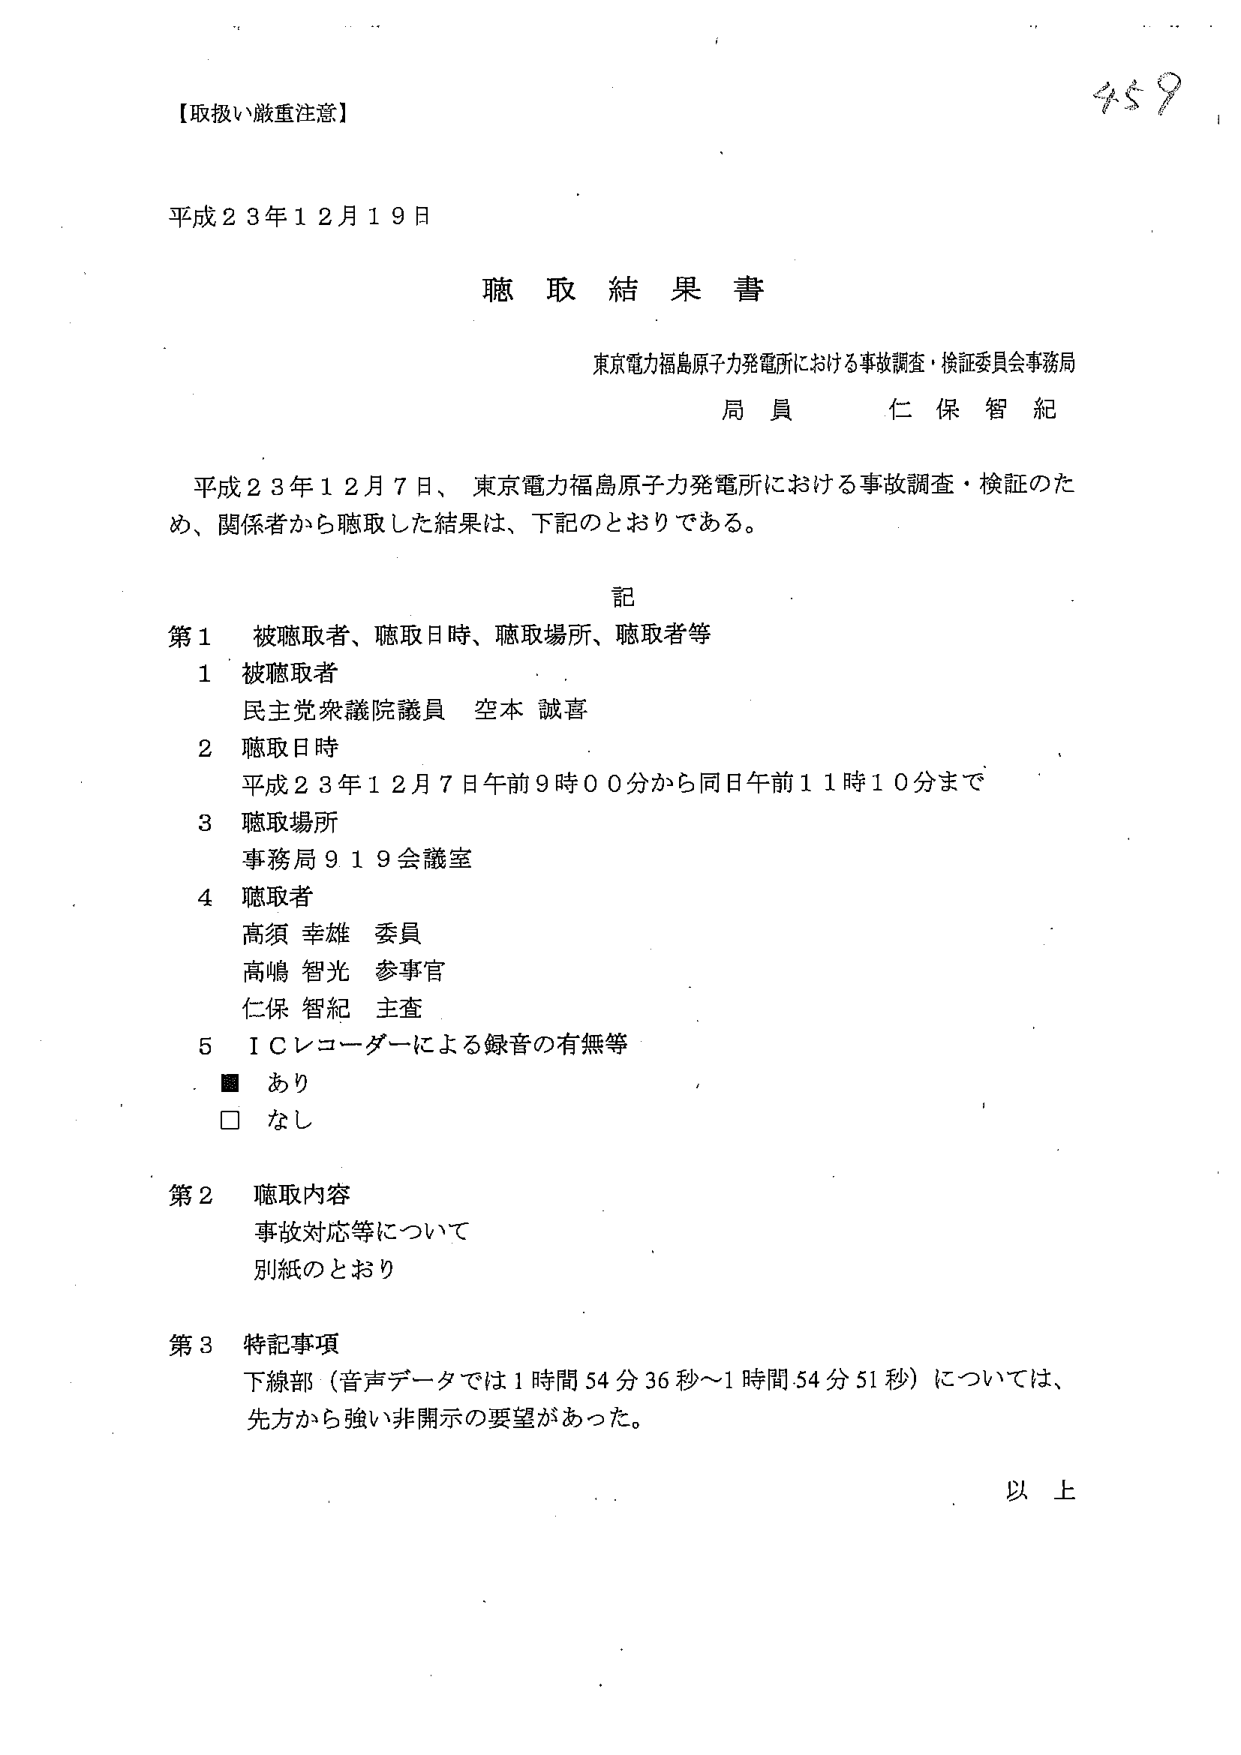
【取扱い厳重注意】

平成２３年１２月１９日

聴取結果書

東京電力福島原子力発電所における事故調査・検証委員会事務局
局員 仁保智紀

平成２３年１２月７日、東京電力福島原子力発電所における事故調査・検証のため、関係者から聴取した結果は、下記のとおりである。

記

第１ 被聴取者、聴取日時、聴取場所、聴取者等

１ 被聴取者
民主党衆議院議員 空本誠喜

２ 聴取日時
平成２３年１２月７日午前９時００分から同日午前１１時１０分まで

３ 聴取場所
事務局９１９会議室

４ 聴取者
高須幸雄 委員
高嶋智光 参事官
仁保智紀 主査

５ ＩＣレコーダーによる録音の有無等
■ あり
□ なし

第２ 聴取内容
事故対応等について
別紙のとおり

第３ 特記事項
下線部（音声データでは１時間５４分３６秒～１時間５４分５１秒）については、
先方から強い非開示の要望があった。

以上

459